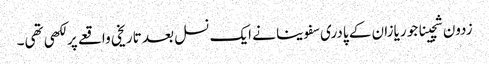
زدون شچینا جو ریازان کے پادری سفوینا نے ایک نسل بعد تاریخی واقعے پر لکھی تھی۔